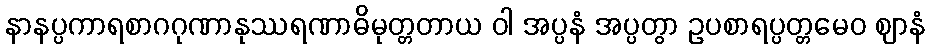
နာနပ္ပကာရစာဂဂုဏာနုဿရဏာဓိမုတ္တတာယ ဝါ အပ္ပနံ အပ္ပတွာ ဥပစာရပ္ပတ္တမေဝ ဈာနံ